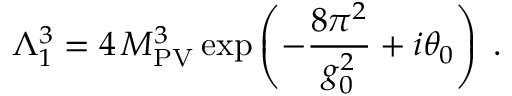
\Lambda _ { 1 } ^ { 3 } = 4 \, M _ { \mathrm { P V } } ^ { 3 } \exp \left( - \frac { 8 \pi ^ { 2 } } { g _ { 0 } ^ { 2 } } + i \theta _ { 0 } \right) \; .